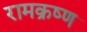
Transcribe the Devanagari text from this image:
रामक्रष्ण